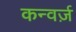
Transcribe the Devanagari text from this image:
कन्वर्ज़